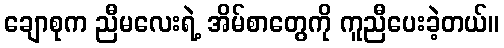
ချောစုက ညီမလေးရဲ့ အိမ်စာတွေကို ကူညီပေးခဲ့တယ်။